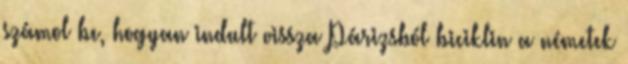
számol be, hogyan indult vissza Párizsból biciklin a németek